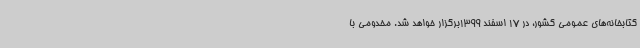
کتابخانه‌های عمومی کشور، در 17 اسفند 1399برگزار خواهد شد. مخدومی با